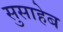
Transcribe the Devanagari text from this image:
सुसाहेब